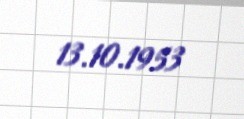
13.10.1953